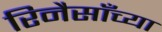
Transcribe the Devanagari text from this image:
रिनैसाँच्या